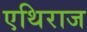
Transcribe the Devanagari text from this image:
एथिराज